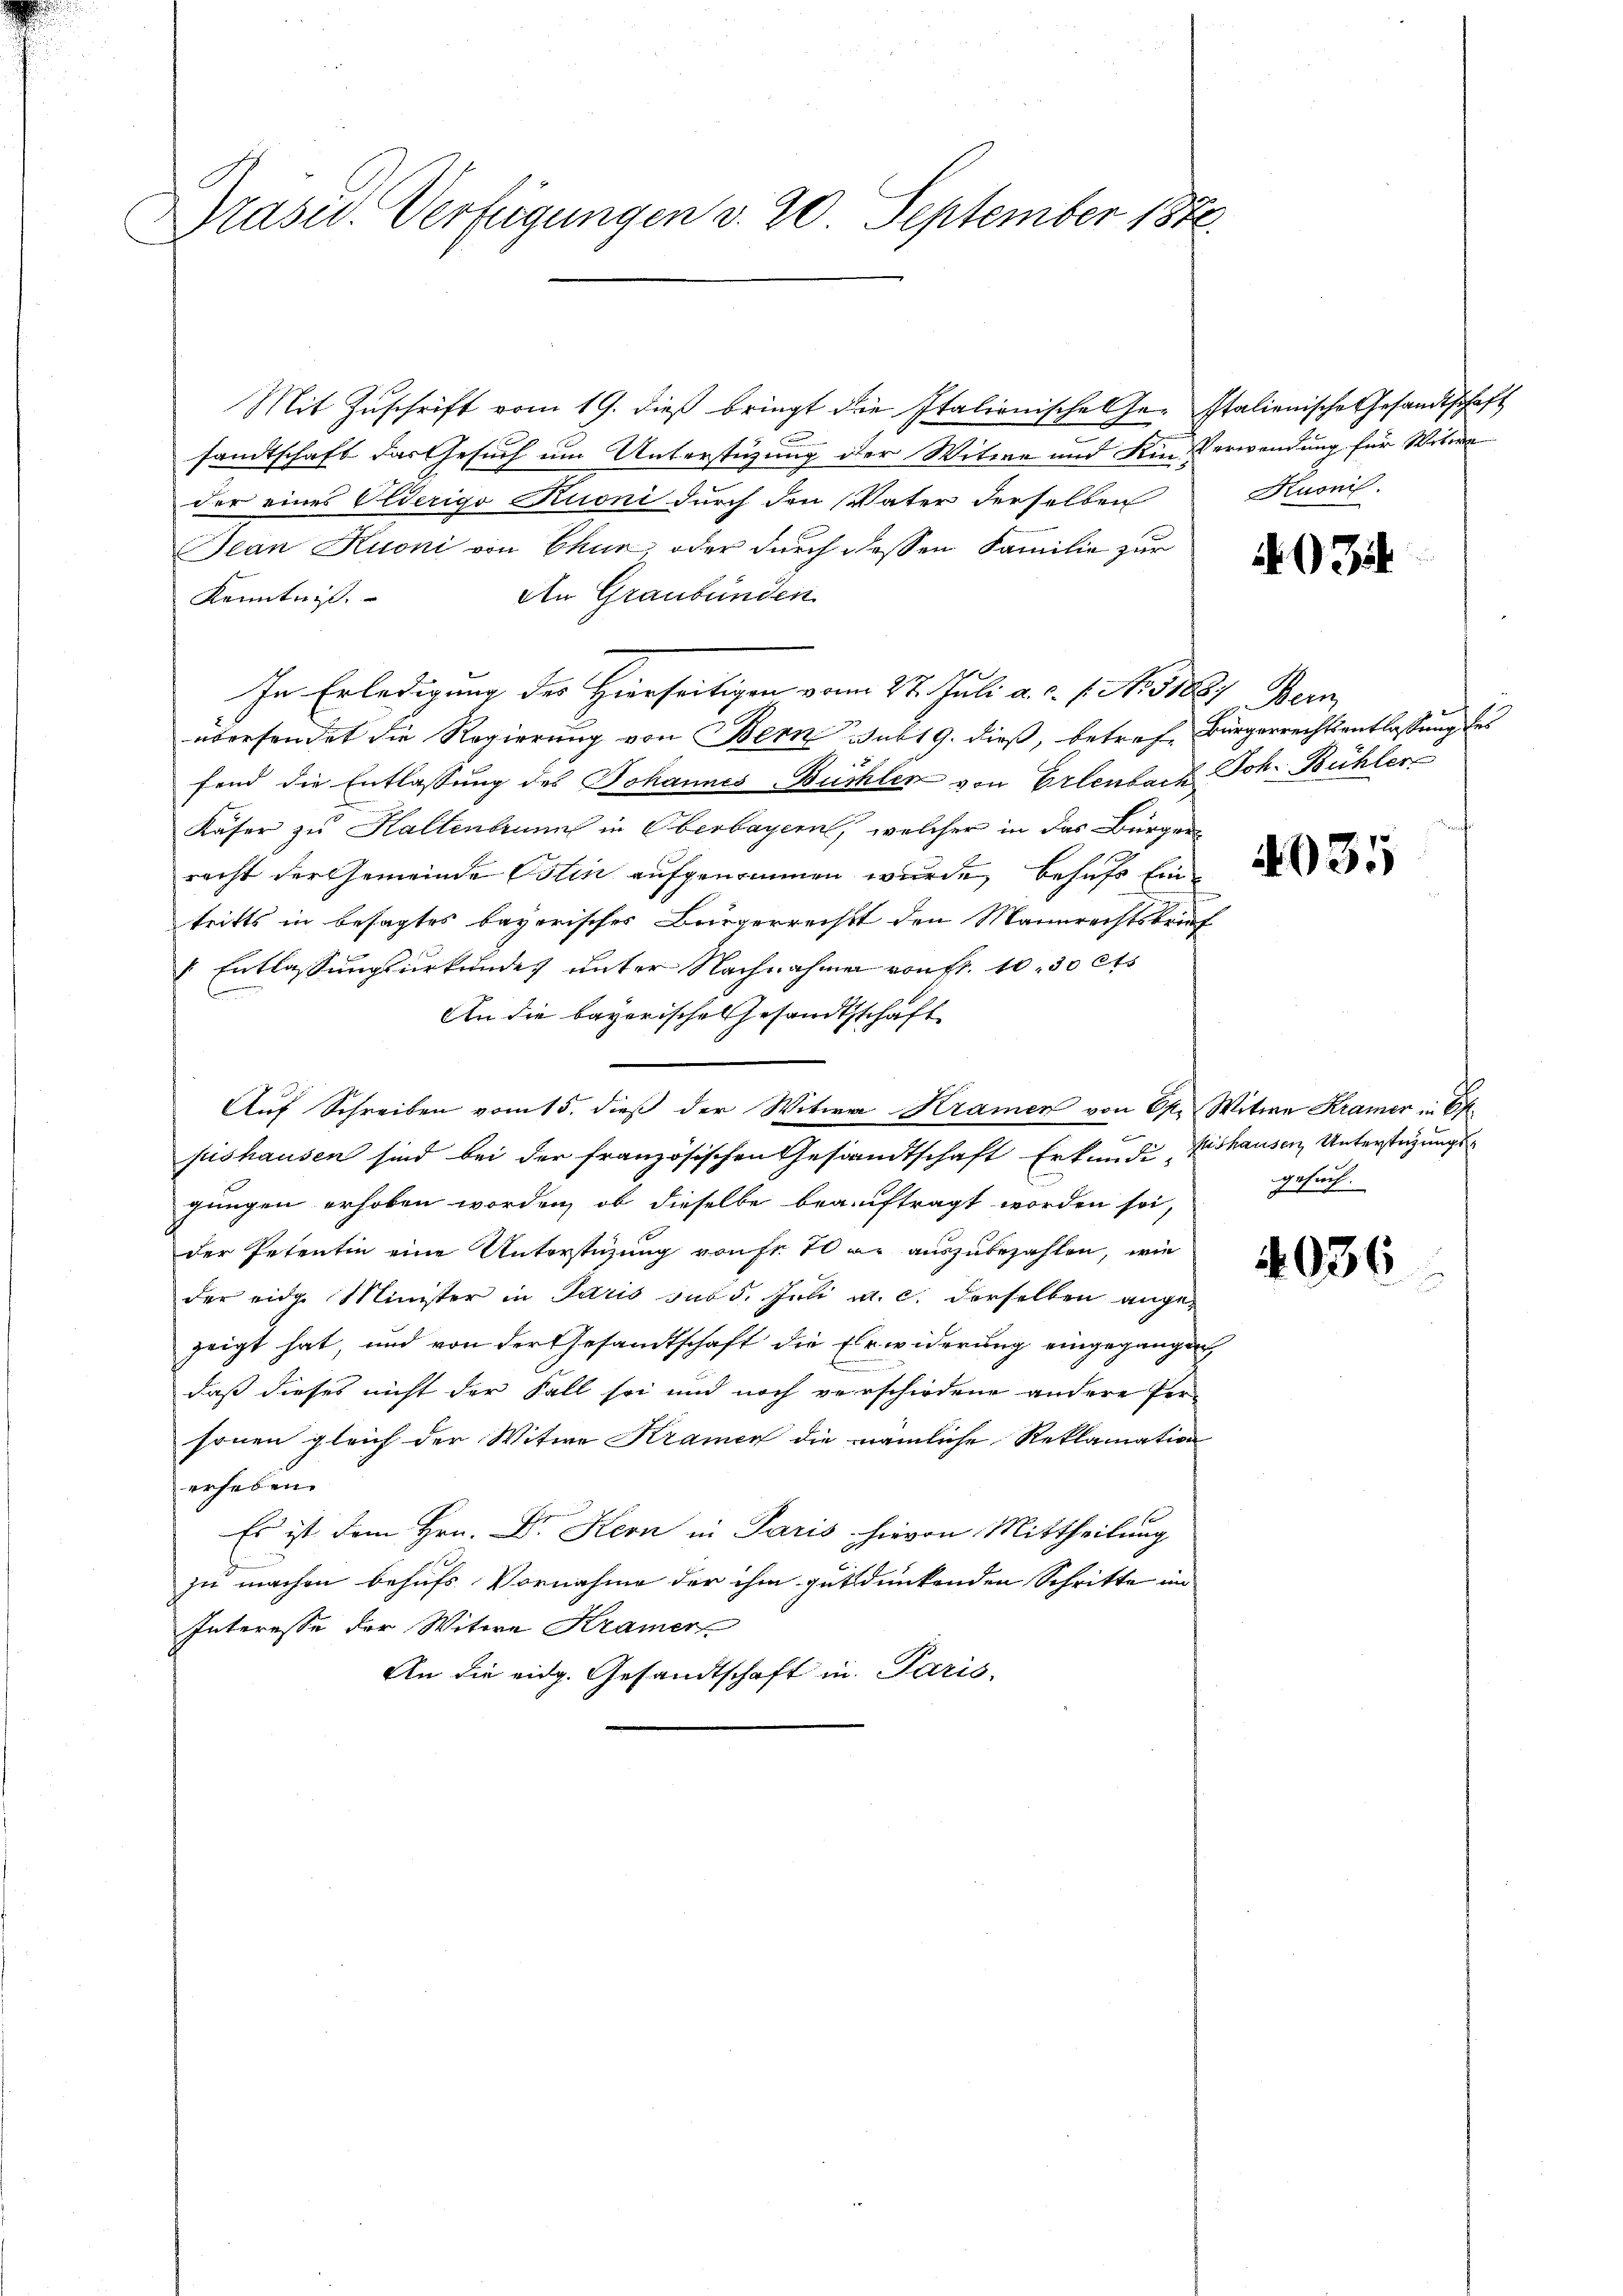
Prasiv. Verfügungen v. 20. September 1870.

Mit Zuschrift vom 19. dieß bringt die Italienische Ge- Italienische Gesandtschaft
sandtschaft das Gesuch um Unterstüzung der Witwe und Kin- Verwendung für Witwe
der eines Olderigo Kuoni durch den Vater derselben
ean Kuoni von Chur oder durch dessen Familie zur
An Graubünden
Kenntnis.
In Erledigung des Hierseitigen vom 27. Juli a. c. l. N. 51887 Bern,
übersendet die Regierung von Bern sub 19. dieß, betref Bürgerrechtsentlassung des
fend die Entlassung des Johannes Büchler von Erlenbach Joh. Bühler
Kaser zu Haltenbrunn in Oberbayern, welcher in das Bürger
racht der Gemeinde Ostin aufgenommen wurde, behufs Ein
tritts in besagtes bayerisches Bürgerreisst den Mannrechtsbrief
 Entlassungsurkundes unter Nachnahmen von Fr. 10,30 Cts
An die bayerische Gesandtschaft
Auf Schreiben vom 15. dieß der Witwe Kramer von Ohr Witwe Kramer in Exfishausen sind bei der französischen Gesandtschaft Erkundi-
gungen erhoben worden, ob dieselbe beauftragt worden sei,
der Petentin eine Unterstüzung von Fr. 10 er auszubezahlen, wie
der eidg. Minister in Paris suo 5. Juli a. c. derselben angezeigt hat, und von der Gesandtschaft die Ehewiderung eingegangen
daß dieses nicht der Fall sei und noch verschiedene andere Per-
sonen gleich der Witwe Kramen die nämliche Reklamation
erheben.
Es ist dem Hrn. Dr. Hern in Paris hievon Mittheilung
zu machen behufs Vornahme der ihm gut dunkenden Schritte im
Interesse der Witwe Kramer
An die eidg. Gesandtschaft in Paris,

Kuonil.

A Zif

4031

ishausen Unterstehungs
gesuch.

4036